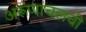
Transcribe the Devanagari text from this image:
अरूणाचलची